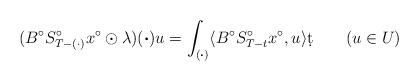
LaTeX: \begin{align*}(B^{\circ}S_{T-(\cdot)}^{\circ}x^{\circ}\odot\lambda)(\boldsymbol{\cdot})u=\int_{(\boldsymbol{\cdot})}\langle B^{\circ}S_{T-t}^{\circ}x^{\circ},u\rangle \d t \qquad(u\in U)\end{align*}